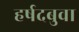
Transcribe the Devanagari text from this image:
हर्षदबुवा